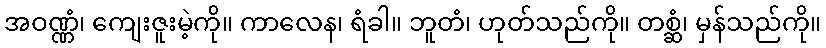
အဝဏ္ဏံ၊ ကျေးဇူးမဲ့ကို။ ကာလေန၊ ရံခါ။ ဘူတံ၊ ဟုတ်သည်ကို။ တစ္ဆံ၊ မှန်သည်ကို။